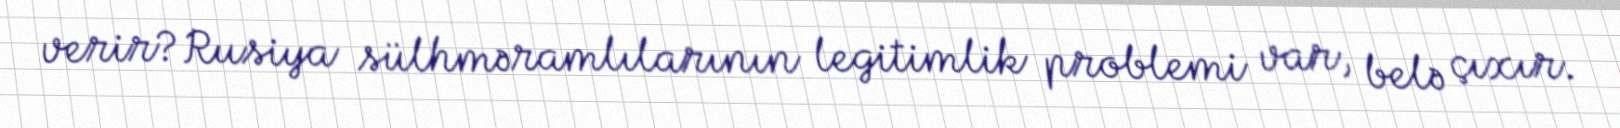
verir?Rusiya sülhməramlılarının legitimlik problemi var, belə çıxır.